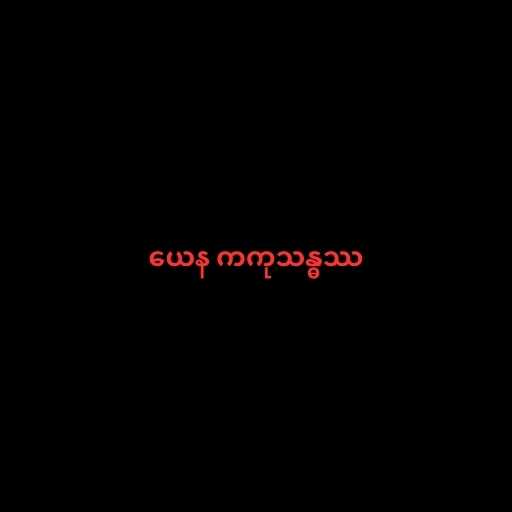
ယေန ကကုသန္ဓဿ